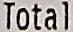
TOTAL